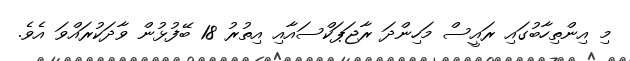
މި އިންތިހާބުގައި ރައީސް މަހިންދަ ރާޖަޕަކްސައާއި އިތުރު 18 ބޭފުޅުން ވާދަކުރައްވަ އެވެ.